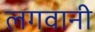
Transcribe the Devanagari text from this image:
लगवानी